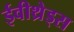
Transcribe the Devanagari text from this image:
ईवीथ्रेड्स